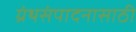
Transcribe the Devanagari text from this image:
ग्रंथसंपादनासाठी